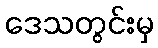
ဒေသတွင်းမှ